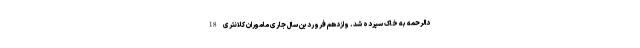
دالرحمه به خاک سپرده شد. وازدهم فروردین سال جاری ماموران کلانتری 18